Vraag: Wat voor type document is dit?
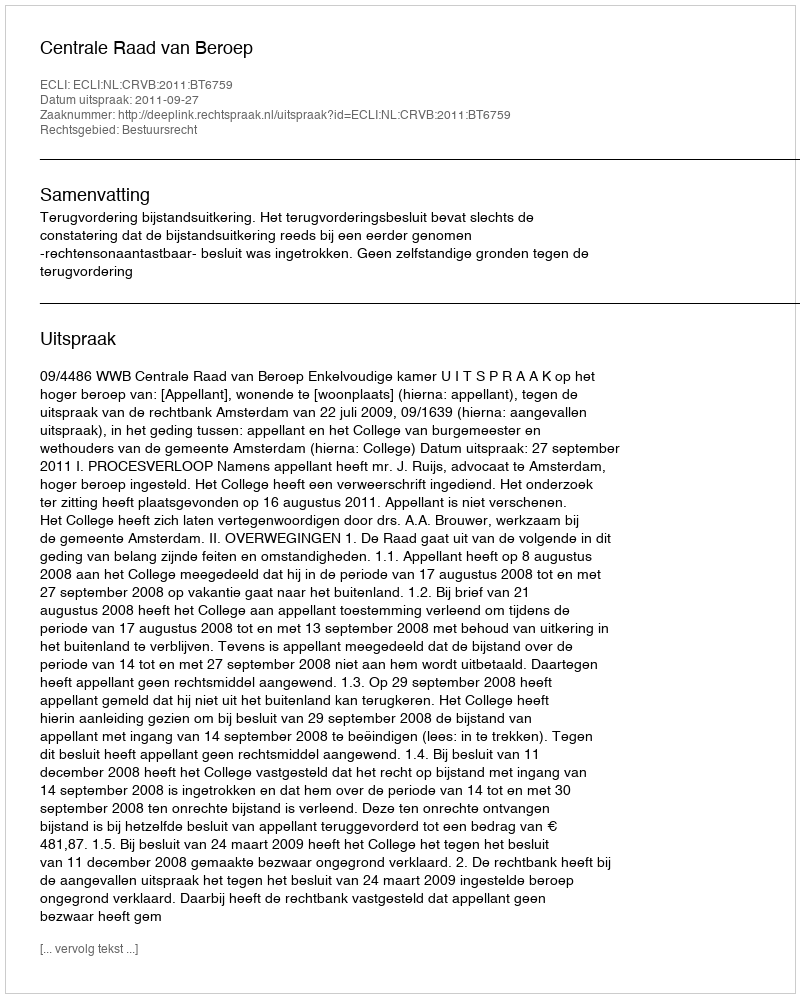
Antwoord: Uitspraak